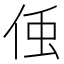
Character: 𬾓